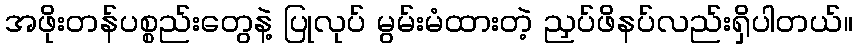
အဖိုးတန်ပစ္စည်းတွေနဲ့ ပြုလုပ် မွမ်းမံထားတဲ့ ညှပ်ဖိနပ်လည်းရှိပါတယ်။